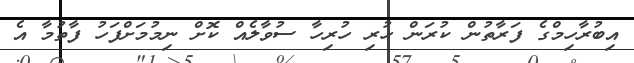
އިބުރާހިމްގެ ފަރާތުން ކުރަން ހުރި ހުރިހާ ސުވާލެއް ކޮށް ނިމުމަށްފަހު ފާތުމާ އެ